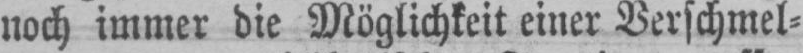
noch immer die Möglichkeit einer Verschmel⸗